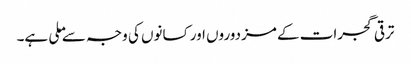
ترقی گجرات کے مزدوروں اور کسانوں کی وجہ سے ملی ہے۔